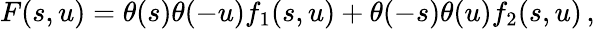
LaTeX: F(s,u)=\theta(s)\theta(-u)f_{1}(s,u)+\theta(-s)\theta(u)f_{2}(s,u)\, ,